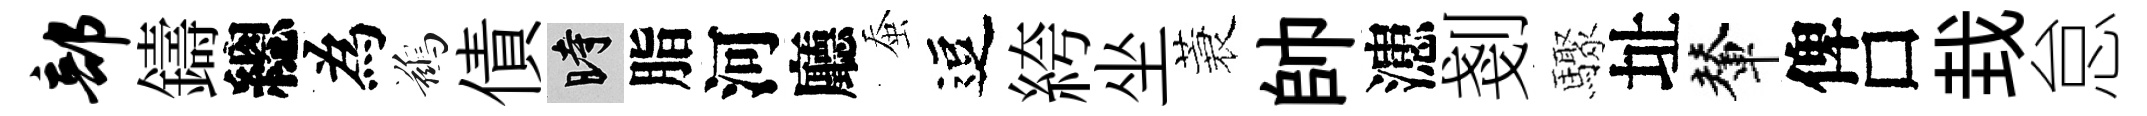
部鑄總為鷀債时脂河廳蚕逗絝坐蓑帥漶剗驟址輦俾□㘽怠